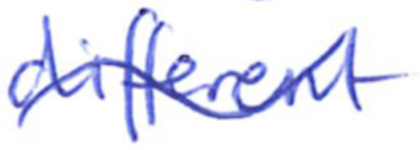
Text: different
Cross-out: wave
Writing tool: ballpoint